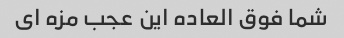
شما فوق العاده این عجب مزه ای